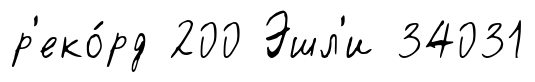
р'еко́рд 200 Эшл'и 34031